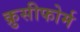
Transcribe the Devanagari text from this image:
क्रुसीफोर्म